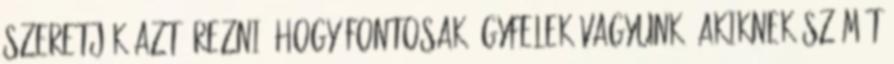
Szeretjük azt érezni, hogy fontosak ügyfelek vagyunk, akiknek számít